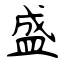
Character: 盛